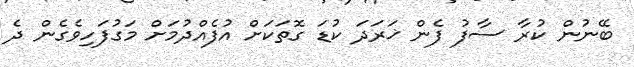
ބޭނުން ކުރާ ސާފު ފެން ޚަރަދަ ކުޑަ ގޮތަކަށް އުފެއްދުމަށް މަގުފަހިވެގެން ދެ